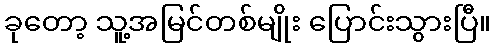
ခုတော့ သူ့အမြင်တစ်မျိုး ပြောင်းသွားပြီ။